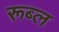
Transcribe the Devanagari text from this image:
रूब्ल